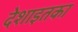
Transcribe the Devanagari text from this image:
देशाइतका